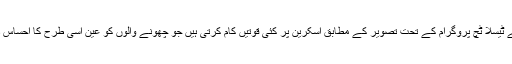
ڈزنی کے ٹیسلا ٹچ پروگرام کے تحت تصویر کے مطابق اسکرین پر کئی قوتیں کام کرتی ہیں جو چھونے والوں کو عین اسی طرح کا احساس دیتی ہیں۔